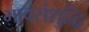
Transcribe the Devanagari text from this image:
भावसंशुद्धि